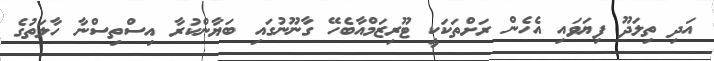
އަދި ތިލަދޫ ފިޔަވައި އެހެން ރަށްތަކަކީ ޓޫރިޒަމްއާބެހޭ ގާނޫނުގައި ބަޔާންކުރާ އިސްތިސްނާ ހާލަތުގެ